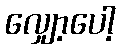
လျှော့ပေါ့